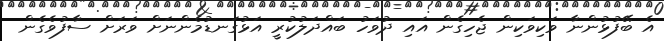
އެ ބޭފުޅުންނާ ވަކިވަކިން ޖެހިގެން އައި ދުވަހު ބައްދަލުކުރީ އަޅުގަނޑުމެންނަށް ވަރަށް ސާފުވެގެން